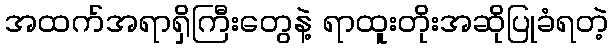
အထက်အရာရှိကြီးတွေနဲ့ ရာထူးတိုးအဆိုပြုခံရတဲ့